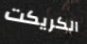
الكريكت